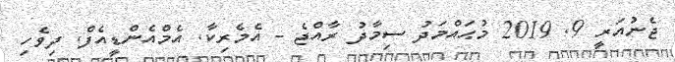
ޖެނުއަރީ 9